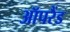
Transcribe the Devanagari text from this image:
ऑपरैंड